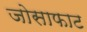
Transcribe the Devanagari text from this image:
जोसाफाट